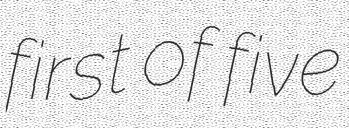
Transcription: first of five